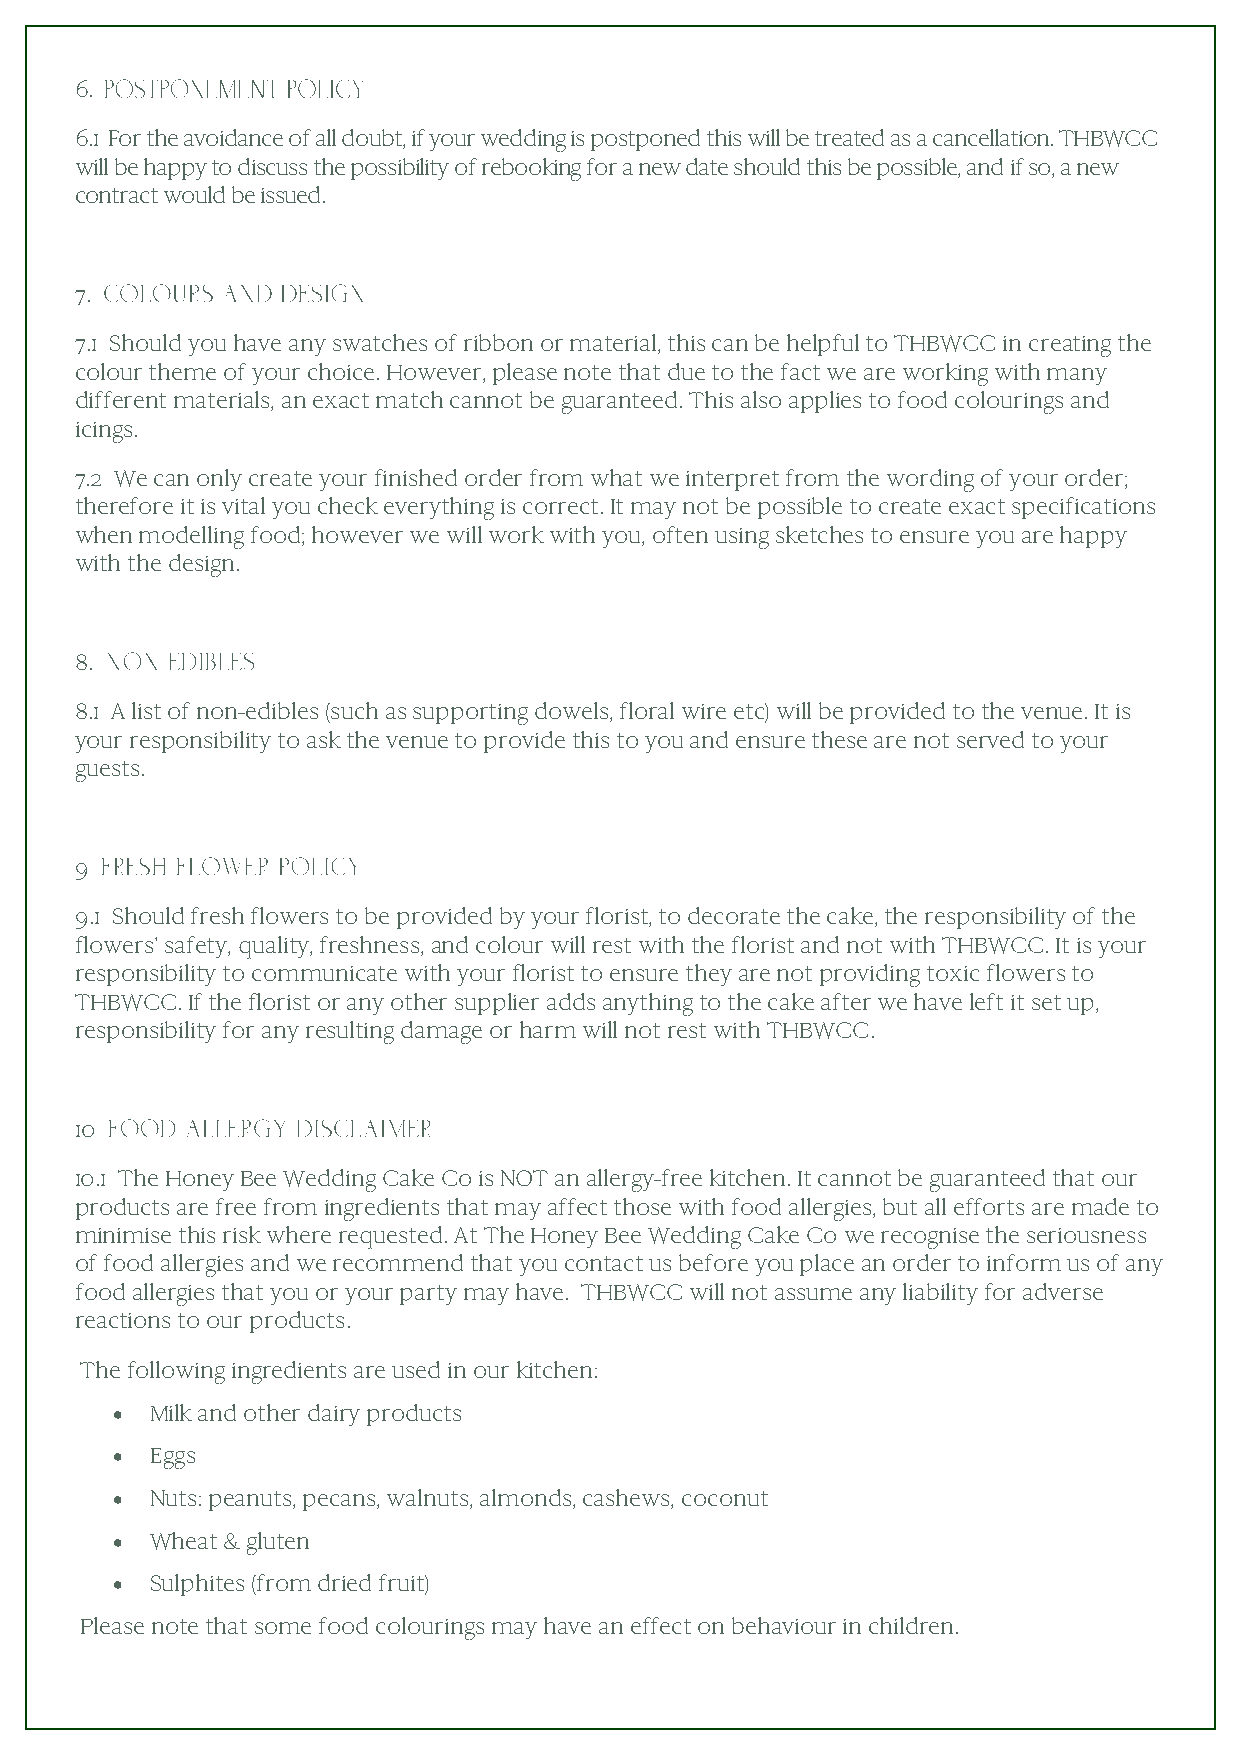
6.
 6.1 For the avoidance of all doubt, if your wedding is postponed this will be treated as a cancellation. THBWCC
 will be happy to discuss the possibility of rebooking for a new date should this be possible, and if so, a new
 contract would be issued.
 7.
 7.1 Should you have any swatches of ribbon or material, this can be helpful to THBWCC in creating the
 colour theme of your choice. However, please note that due to the fact we are working with many
 different materials, an exact match cannot be guaranteed. This also applies to food colourings and
 icings.
 7.2 We can only create your finished order from what we interpret from the wording of your order;
 therefore it is vital you check everything is correct. It may not be possible to create exact specifications
 when modelling food; however we will work with you, often using sketches to ensure you are happy
 with the design.
 8.
 8.1 A list of non-edibles (such as supporting dowels, floral wire etc) will be provided to the venue. It is
 your responsibility to ask the venue to provide this to you and ensure these are not served to your
 guests.
 9
 9.1 Should fresh flowers to be provided by your florist, to decorate the cake, the responsibility of the
 flowers’ safety, quality, freshness, and colour will rest with the florist and not with THBWCC. It is your
 responsibility to communicate with your florist to ensure they are not providing toxic flowers to
 THBWCC. If the florist or any other supplier adds anything to the cake after we have left it set up,
 responsibility for any resulting damage or harm will not rest with THBWCC.
 10
 10.1 The Honey Bee Wedding Cake Co is NOT an allergy-free kitchen. It cannot be guaranteed that our
 products are free from ingredients that may affect those with food allergies, but all efforts are made to
 minimise this risk where requested. At The Honey Bee Wedding Cake Co we recognise the seriousness
 of food allergies and we recommend that you contact us before you place an order to inform us of any
 food allergies that you or your party may have. THBWCC will not assume any liability for adverse
 reactions to our products.
 The following ingredients are used in our kitchen:
 •  Milk and other dairy products
 •  Eggs
 •  Nuts: peanuts, pecans, walnuts, almonds, cashews, coconut
 •  Wheat & gluten
 •  Sulphites (from dried fruit)
 Please note that some food colourings may have an effect on behaviour in children.